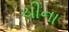
ચીના